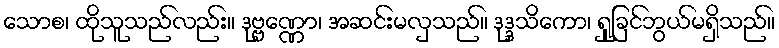
သောစ၊ ထိုသူသည်လည်း။ ဒုဗ္ဗဏ္ဏော၊ အဆင်းမလှသည်။ ဒုဒ္ဒသိကော၊ ရှုခြင်ဘွယ်မရှိသည်။